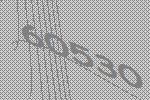
60530